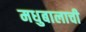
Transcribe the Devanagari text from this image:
मधुबालाची